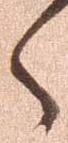
々